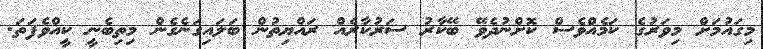
މިގައުމަށް މިވަރުގެ ކަމެއްވެސް ކޮށްނުދެވޭ ބޭކާރު ސަރުކާރެއް ރައްޔިތުން ބަލައިގަނެގެން މިތިބެނީ ކީއްވެފަތަ.